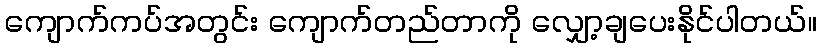
ကျောက်ကပ်အတွင်း ကျောက်တည်တာကို လျှော့ချပေးနိုင်ပါတယ်။